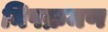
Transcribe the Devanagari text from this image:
निषक्रमण